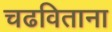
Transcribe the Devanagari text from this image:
चढविताना